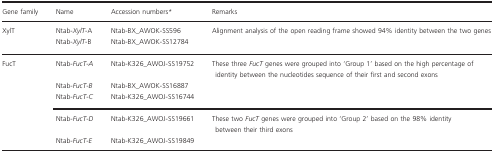
| Gene family | Name | Accession numbersa | Remarks |
 | --- | --- | --- | --- |
 | XylT | Ntab‐XylT‐A | Ntab‐BX_AWOK‐SS596 | Alignment analysis of the open reading frame showed 94% identity between the two genes |
 |  | Ntab‐XylT‐B | Ntab‐BX_AWOK‐SS12784 |  |
 | FucT | Ntab‐FucT‐A | Ntab‐K326_AWOJ‐SS19752 | These three FucT genes were grouped into ‘Group 1’ based on the high percentage of identity between the nucleotides sequence of their first and second exons |
 |  | Ntab‐FucT‐B | Ntab‐BX_AWOK‐SS16887 |  |
 |  | Ntab‐FucT‐C | Ntab‐K326_AWOJ‐SS16744 |  |
 |  | Ntab‐FucT‐D | Ntab‐K326_AWOJ‐SS19661 | These two FucT genes were grouped into ‘Group 2’ based on the 98% identity between their third exons |
 |  | Ntab‐FucT‐E | Ntab‐K326_AWOJ‐SS19849 |  |